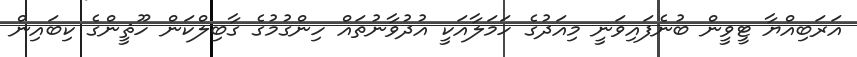
އަރަބިއްޔާ ޓީވީން ބުނެފައިވަނީ މިއަދުގެ ހަމަލާއަކީ އުދުވާނުތައް ހިންގުމުގެ ގާބިލްކަން ހޫޘީންގެ ކިބައިން